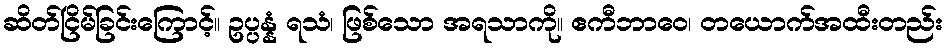
ဆိတ်ငြိမ်ခြင်းကြောင့်။ ဥပ္ပန္နံ ရသံ၊ ဖြစ်သော အရသာကို။ ဧကီဘာဝေ၊ တယောက်အထီးတည်း